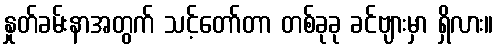
နှုတ်ခမ်းနာအတွက် သင့်တော်တာ တစ်ခုခု ခင်ဗျားမှာ ရှိလား။